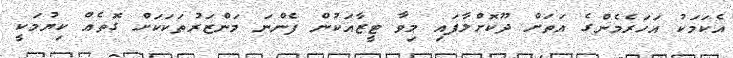
އެކަމަކު އަހަރެމެންގެ އަތަށް ދޫކޮށްލާފައި މިވާ ޓީޒާއަކުން ފެންނަ މަންޒަރުތަކަކަށް ގޮތެއް ކިޔުމަކީ